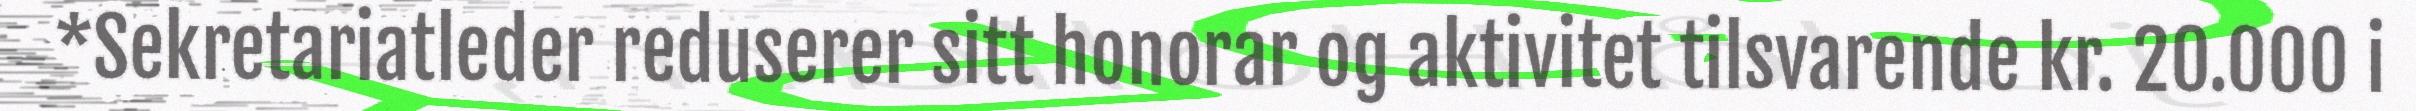
*Sekretariatleder reduserer sitt honorar og aktivitet tilsvarende kr. 20.000 i